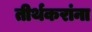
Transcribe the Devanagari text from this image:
तीर्थकरांना